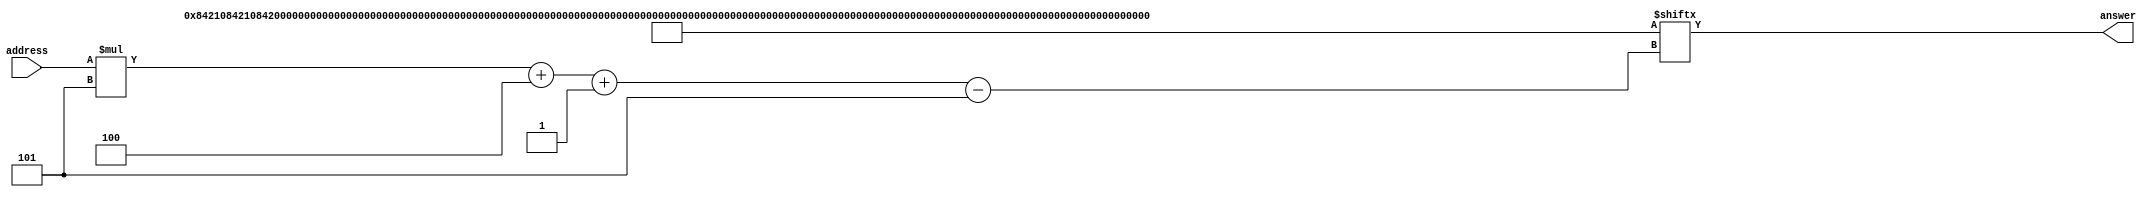
/*
   This file was generated automatically by the Mojo IDE version B1.2.6.
   Do not edit this file directly. Instead edit the original Lucid source.
   This is a temporary file and any changes made to it will be destroyed.
*/

module gamethreeanswerrom_73 (
    input [6:0] address,
    output reg [4:0] answer
  );
  
  
  
  localparam PRIMEORNOTDATA2 = 640'h0842108421084210842108421084210842108421084210842108421084210842108421084210842108421084210842108610842108421084210842108421084210842108421084210842108421084210;
  
  always @* begin
    answer = PRIMEORNOTDATA2[(address)*5+4-:5];
  end
endmodule